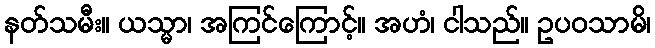
နတ်သမီး။ ယသ္မာ၊ အကြင်ကြောင့်။ အဟံ၊ ငါသည်။ ဥပဝသာမိ၊